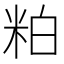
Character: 粕